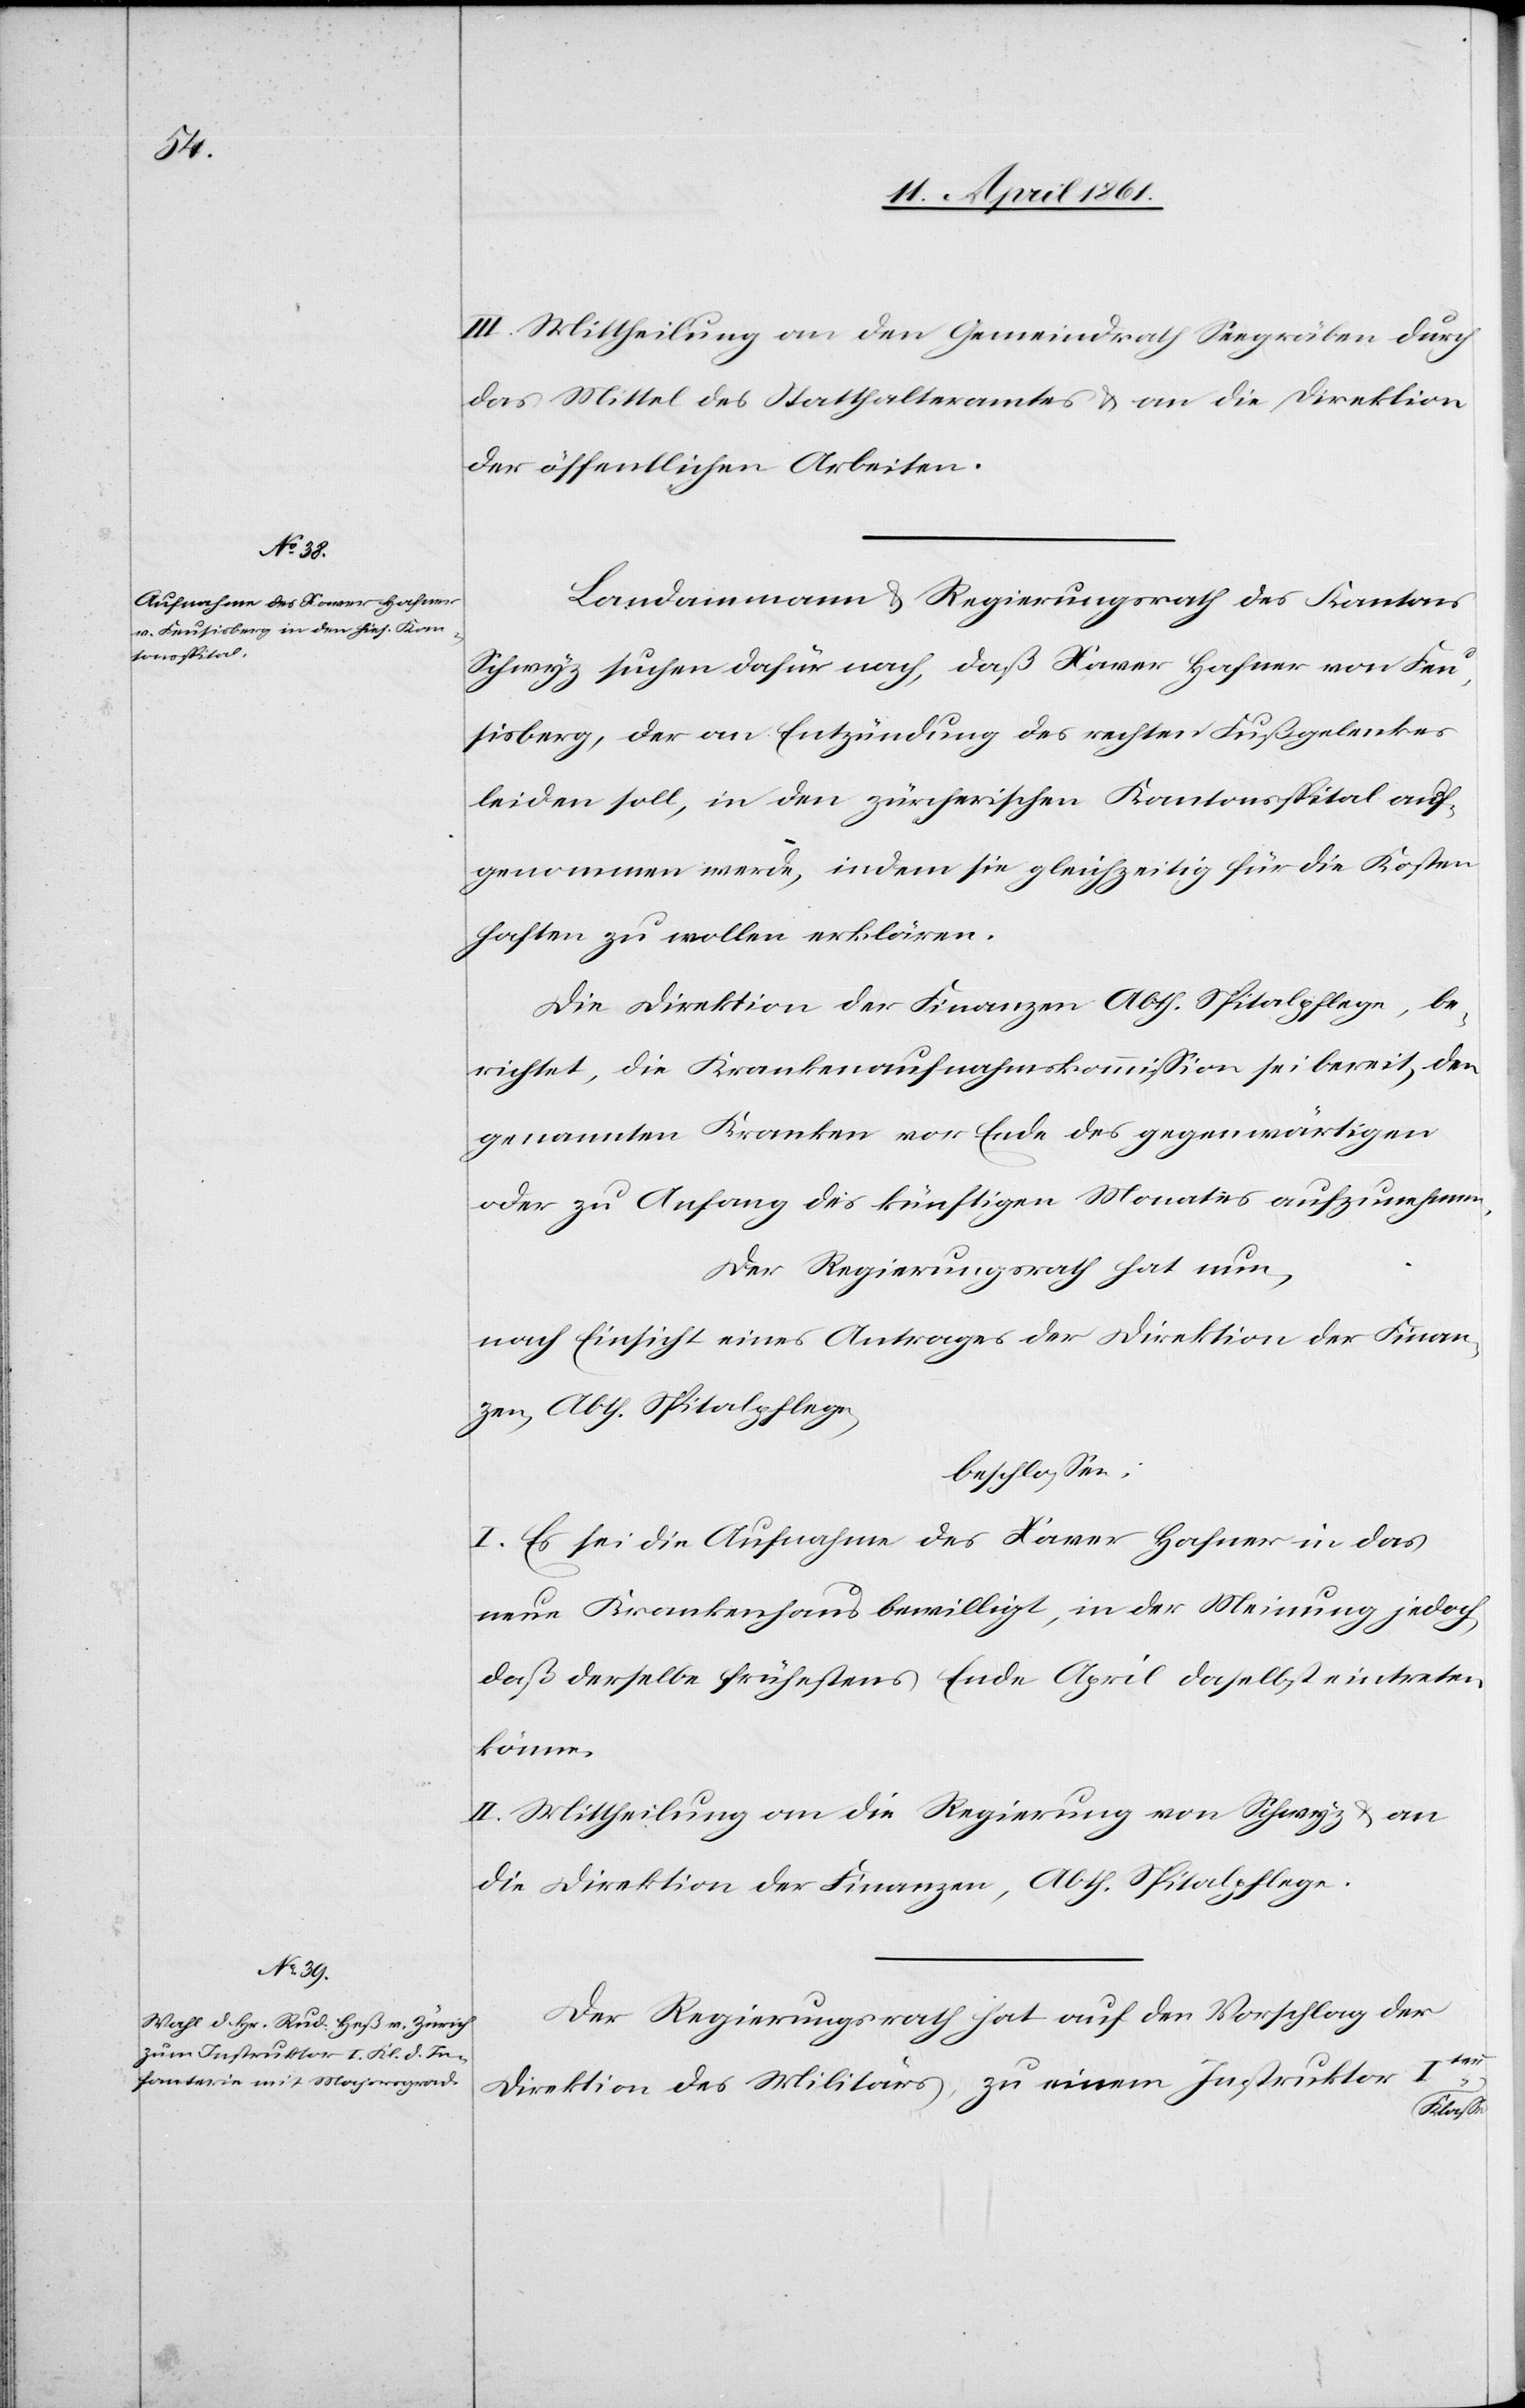
III. Mittheilung an den Gemeindrath Seegräben durch
das Mittel des Statthalteramtes u. an die Direktion
der öffentlichen Arbeiten.
Landammann u. Regierungsrath des Kantons
Schwyz suchen dafür nach, daß Xaver Hafner von Feu¬
sisberg, der an Entzündung des rechten Fußgelenkes
leiden soll, in den zürcherischen Kantonsspital auf¬
genommen werde, indem sie gleichzeitig für die Kosten
haften zu wollen erklären.
Die Direktion der Finanzen Abth. Spitalpflege, be¬
richtet, die Krankenaufnahmskommission sei bereit, den
genannten Kranken von Ende des gegenwärtigen
oder zu Anfang des künftigen Monates aufzunehmen.
Der Regierungsrath hat nun,
nach Einsicht eines Antrages der Direktion der Finan¬
zen, Abth. Spitalpflege
beschlossen:
I. Es sei die Aufnahme des Xaver Hafner in das
neue Krankenhaus bewilligt, in der Meinung jedoch,
daß derselbe frühestens Ende April daselbst eintreten
könne.
II. Mittheilung an die Regierung von Schwyz u. an
die Direktion der Finanzen, Abth. Spitalpflege.
Der Regierungsrath hat auf den Vorschlag der
Direktion des Militärs zu einem Instruktor Iter
Klasse